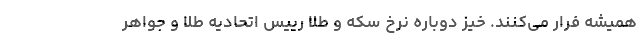
همیشه فرار می‌کنند. خیز دوباره نرخ سکه و طلا رییس اتحادیه طلا و جواهر